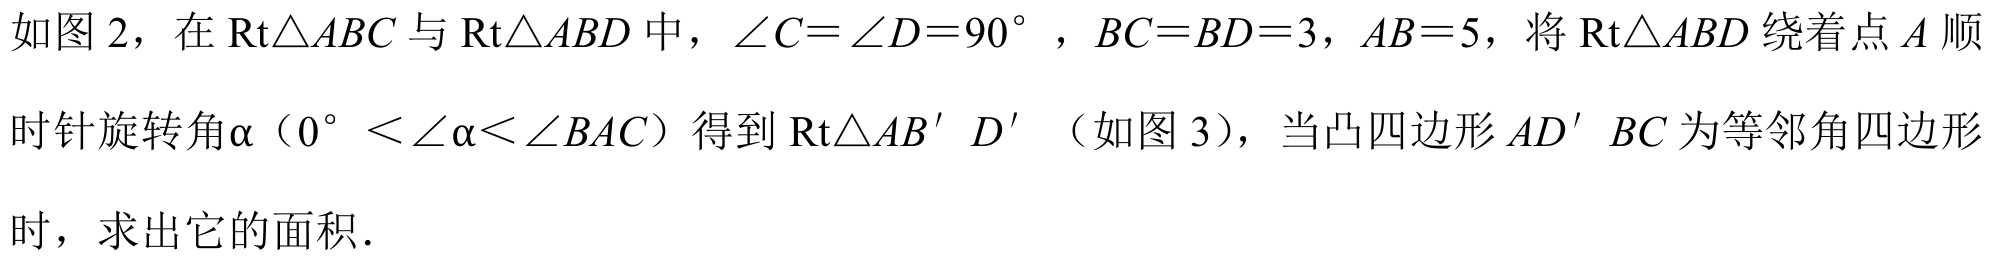
如图 2，在$\text{Rt}\triangle ABC$与$\text{Rt}\triangle ABD$中，$\angle C=\angle D = 90^{\circ}$，$BC = BD = 3$，$AB = 5$，将$\text{Rt}\triangle ABD$绕着点$A$顺时针旋转角$\alpha$（$0^{\circ}<\angle\alpha<\angle BAC$）得到$\text{Rt}\triangle AB'D'$（如图 3），当凸四边形$AD'BC$为等邻角四边形时，求出它的面积．